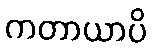
ကတာယာပိ